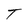
Character: T